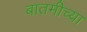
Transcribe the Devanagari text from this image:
बातमीच्या